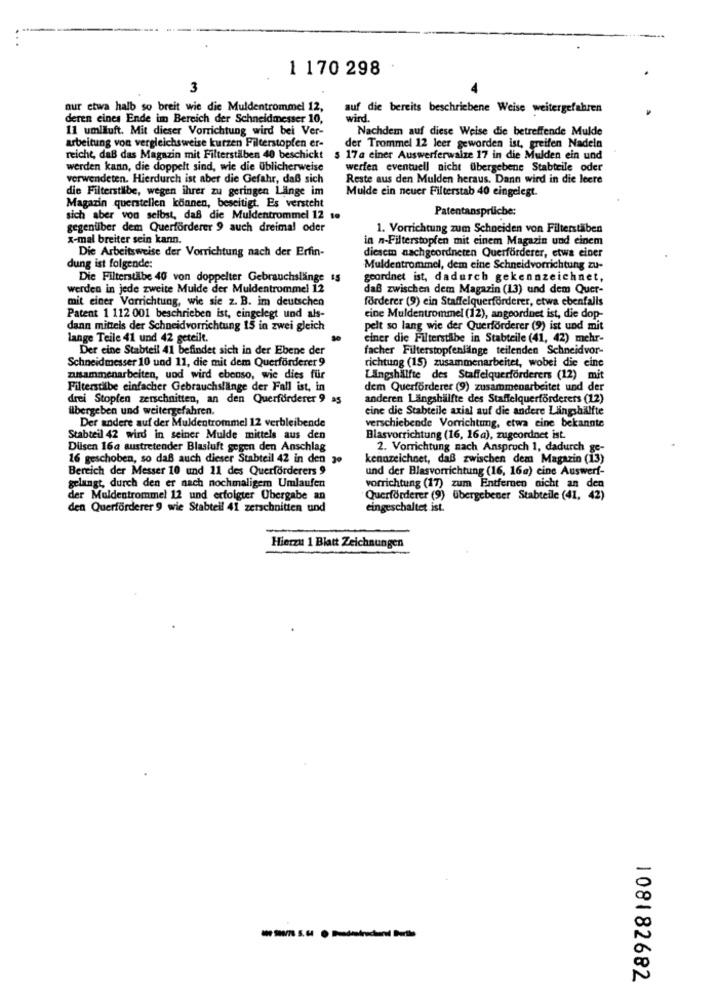
1 170 298
3
nur etwa halb so breit wie die Muldentrommel 12,
auf die bereits beschriebene Weise weitergefahren
deren eines Ende im Bereich der Schneidmesser 10,
wird.
11 umläuft. Mit dieser Vorrichtung wird bei Ver-
Nachdem auf diese Weise die betreffende Mulde
arbeitung von vergleichsweise kurzen Filterstopfen er-
der Trommel 12 leer geworden ist, greifen Nadeln
reicht, daß das Magazin mit Filterstilben 40 beschickt
$ 17a einer Auswerferwalze 17 in die Mulden ein und
werden kann, die doppelt sind, wie die üblicherweise
werfen eventuell nicht übergebene Stabteile oder
verwendeten. Hierdurch ist aber die Gefahr, daß sich
Reste aus den Mulden heraus. Dann wird in die leere
die Filterstäbe, wegen ihrer zu geringen Länge im
Mulde ein neuer Filterstab 40 eingelegt.
Magazin querstellen können, beseitigt. Es versteht
Patentansprüche:
sich aber von selbst, daß die Muldentrommel 12 19
gegenüber dem Querförderer 9 auch dreimal oder
1. Vorrichtung zum Schneiden von Filterstäben
x-mal breiter sein kann.
in n-Filterstopfen mit einem Magazin und einem
Die Arbeitsweise der Vorrichtung nach der Erfin-
diesem nachgeordneten Querförderer, etwa einer
dung ist folgende:
Muldentrommel, dem eine Schneidvorrichtung zu-
Die Filterstäbe 40 von doppelter Gebrauchslänge $5
geordnet ist, dadurch gekennzeichnet,
werden in jede zweite Mulde der Muldentrommel 12
daß zwischen dem Magazin (13) und dem Quer-
mit einer Vorrichtung, wie sie z. B. im deutschen
förderer (9) ein Staffelquerförderer, etwa ebenfalls
Patent 1 112 001 beschrieben ist, eingelegt und als-
eine Muldentrommel (12), angeordnet ist, die dop-
dann mittels der Schneidvorrichtung 15 in zwei gleich
pelt so lang wie der Querförderer (9) ist und mit
lange Teile 41 und 42 geteilt.
einer die Filterstilbe in Stabteile (41, 42) mehr-
Der eine Stabteil 41 befindet sich in der Ebene der
facher Filterstopfenlänge teilenden Schneidvor-
Schneidmesser 10 und 11, die mit dem Querförderer 9
richtung (15) zusammenarbeitet, wobei die eine
zusammenarbeiten, und wird ebenso, wie dies für
Längshälfte des Staffelquerförderers (12) mit
Filterstäbe einfacher Gebrauchslänge der Fall ist, in
dem Querförderer (9) zusammenarbeitet und der
drei Stopfen zerschnitten, an den Querförderer 9 as
anderen Längshälfte des Staffelquerförderers (12)
ilbergeben und weitergefahren.
eine die Stabteile axial auf die andere Längshälfte
Der andere auf der Muldentrommel 12 verbleibende
verschiebende Vorrichtung, etwa eine bekannte
Stabteil 42 wird in seiner Mulde mittels aus den
Blasvorrichtung (16, 16a), zugeordnet ist.
Dilsen 16a austretender Blasluft gegen den Anschlag
2. Vorrichtung nach Anspruch 1, dadurch ge-
16 geschoben, so daß auch dieser Stabteil 42 in den 30
kennzeichnet, daß zwischen dem Magazin (13)
Bereich der Messer 10 und 11 des Querforderers 9
und der Blasvorrichtung (16, 16a) eine Auswerf-
gelangt, durch den er nach nochmaligem Umlaufen
vorrichtung (17) zum Entfernen nicht an den
der Muldentrommel 12 und erfolgter Übergabe an
Querförderer (9) übergebener Stabteile (41, 42)
den Querförderer 9 wie Stabteil 41 zerschnitten und
eingeschaltet ist.
Hierzu 1 Blatt Zeichnungen
-------
108182682